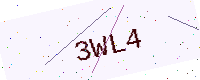
Text: 3WL4